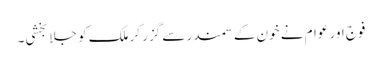
فوج اور عوام نے خون کے سمندر سے گزر کر ملک کو جلا بخشی۔